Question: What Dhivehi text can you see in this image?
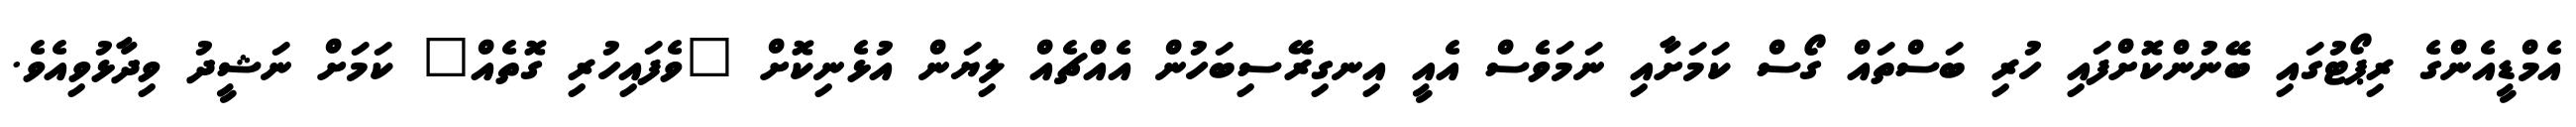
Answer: އެމްޑީއެންގެ ރިޕޯޓުގައި ބޭނުންކޮށްފައި ހުރި ބަސްތައް ގޯސް ކަމަށާއި ނަމަވެސް އެއީ އިނގިރޭސިބަހުން އެއްޗެއް ލިޔަން އުޅެނިކޮށް "ވެފައިހުރި ގޮތެއް" ކަމަށް ނަޝީދު ވިދާޅުވިއެވެ.